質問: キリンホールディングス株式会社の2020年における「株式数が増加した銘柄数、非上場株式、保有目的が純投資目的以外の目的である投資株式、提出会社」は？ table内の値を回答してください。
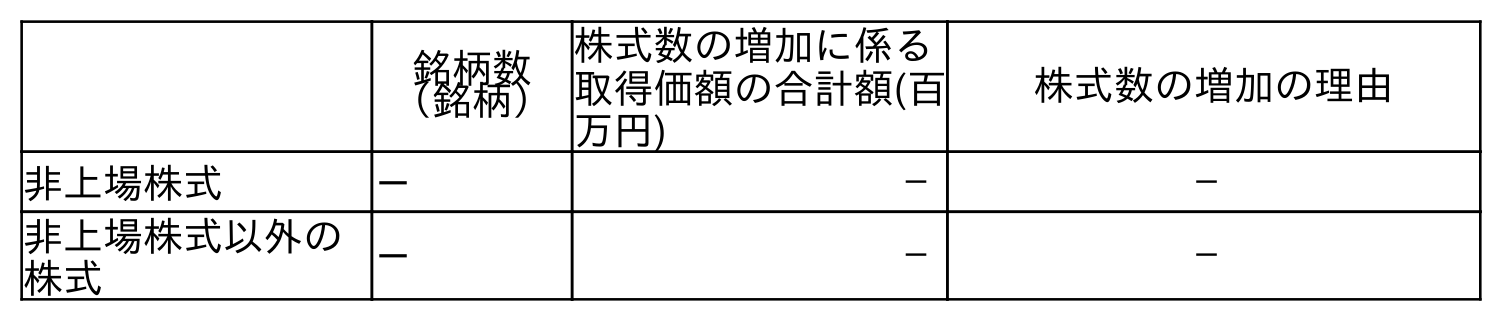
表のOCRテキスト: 銘柄数 （銘柄） 株式数の増加に係る 取得価額の合計額(百 万円) 株式数の増加の理由 非上場株式 － － － 非上場株式以外の 株式 － － －
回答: －